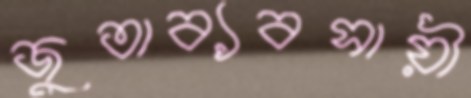
জুতাব্যবসায়ী